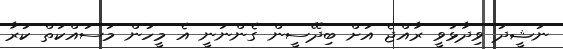
ނަޝީދު ވިދާޅުވީ ރާއްޖެ އަށް ބިދޭސީން ގެންނަނީ އެ މީހުން މަސައްކަތް ކުރާ